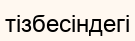
тізбесіндегі